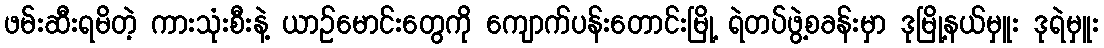
ဖမ်းဆီးရမိတဲ့ ကားသုံးစီးနဲ့ ယာဉ်မောင်းတွေကို ကျောက်ပန်းတောင်းမြို့ ရဲတပ်ဖွဲ့စခန်းမှာ ဒုမြို့နယ်မှူး ဒုရဲမှူး